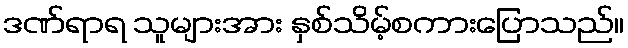
ဒဏ်ရာရ သူများအား နှစ်သိမ့်စကားပြောသည်။